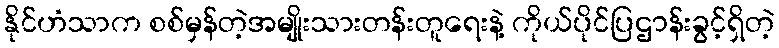
နိုင်ဟံသာက စစ်မှန်တဲ့အမျိုးသားတန်းတူရေးနဲ့ ကိုယ်ပိုင်ပြဌာန်းခွင့်ရှိတဲ့